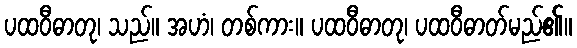
ပထဝီဓာတု၊ သည်။ အဟံ၊ တစ်ကား။ ပထဝီဓာတု၊ ပထဝီဓာတ်မည်၏။